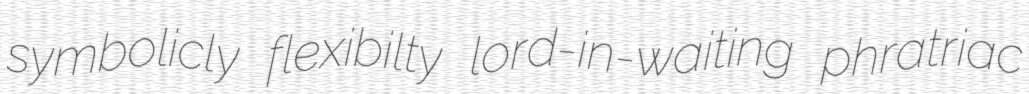
symbolicly flexibilty lord-in-waiting phratriac